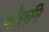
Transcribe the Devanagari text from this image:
चोरूनि